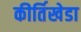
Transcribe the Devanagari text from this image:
कीर्तिखेडा